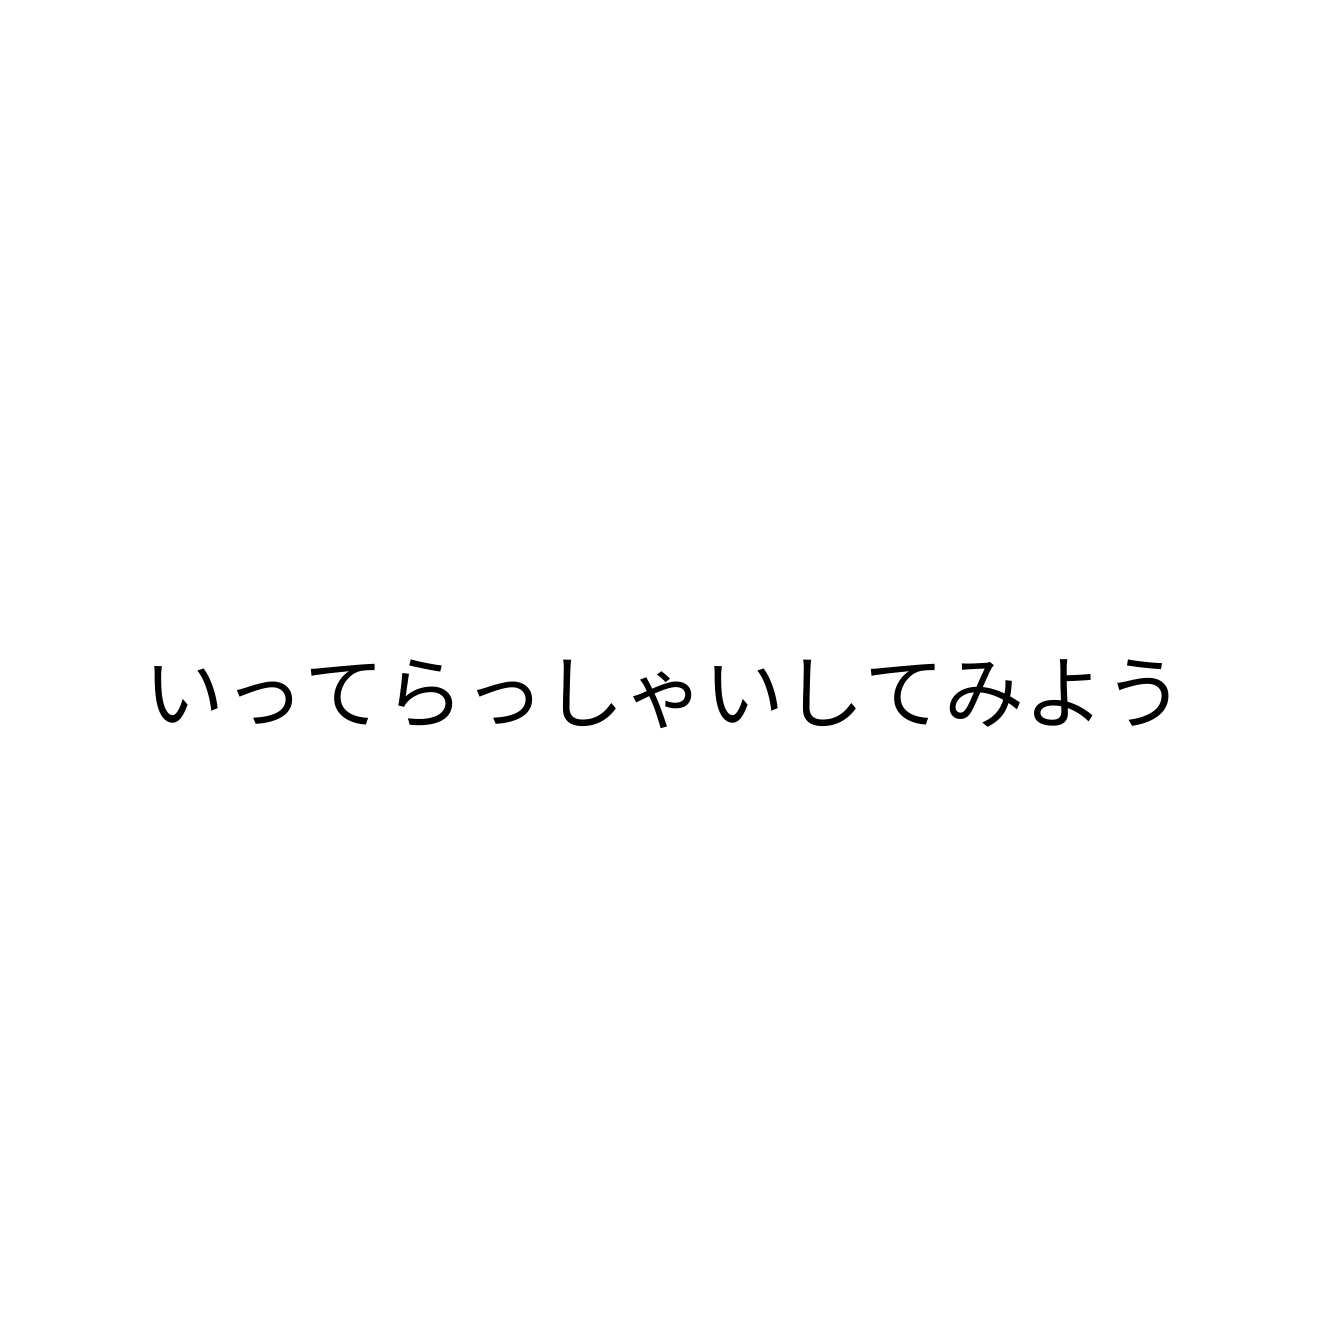
いってらっしゃいしてみよう